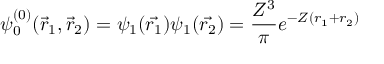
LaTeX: \psi _ { 0 } ^ { ( 0 ) } ( { \vec { r } } _ { 1 } , { \vec { r } } _ { 2 } ) = \psi _ { 1 } ( { \vec { r _ { 1 } } } ) \psi _ { 1 } ( { \vec { r _ { 2 } } } ) = { \frac { Z ^ { 3 } } { \pi } } e ^ { - Z ( r _ { 1 } + r _ { 2 } ) }